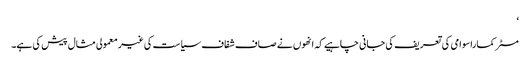
‘
مسٹر کماراسوامی کی تعریف کی جانی چاہیے کہ انھوں نے صاف شفاف سیاست کی غیر معمولی مثال پیش کی ہے۔